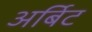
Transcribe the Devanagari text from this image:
अर्बिट